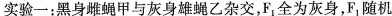
实验一：黑身雌蝇甲与灰身雄蝇乙杂交，F_{1}全为灰身，F_{1}随机